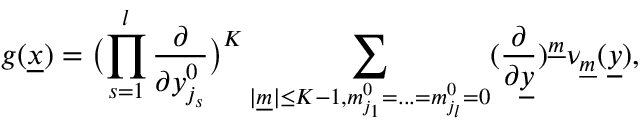
g ( \underline { { { x } } } ) = \bigl ( \prod _ { s = 1 } ^ { l } \frac { \partial } { \partial y _ { j _ { s } } ^ { 0 } } \bigr ) ^ { K } \sum _ { | \underline { { { m } } } | \leq K - 1 , m _ { j _ { 1 } } ^ { 0 } = . . . = m _ { j _ { l } } ^ { 0 } = 0 } ( \frac { \partial } { \partial \underline { { { y } } } } ) ^ { \underline { { { m } } } } \nu _ { \underline { { { m } } } } ( \underline { { { y } } } ) ,